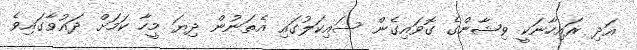
އަދި ރައިހާނަކީ ވިޝާންގެ ގޮވައިގެން ސައިކަލުގައި އެތަނުން ދިޔަ މީހާ ކަމަށް ދައުވާގައިވެ